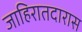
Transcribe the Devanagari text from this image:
जाहिरातदारास